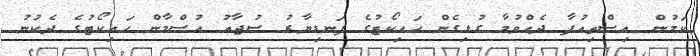
ކަމުން އިސްތިއުފާ ދެއްވުމާ ގުޅިގެން ހަައިކޯޓުގެ ފަނޑިޔާރު ސުޖާއު އުސްމާން ހައިކޯޓުގެ ދެކުނު